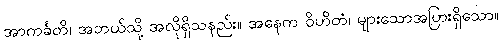
အာကင်္ခတိ၊ အဘယ်သို့ အလိုရှိသနည်း။ အနေက ဝိဟိတံ၊ များသောအပြားရှိသော။